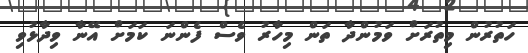
ހަތުރުން މިތުރަށް ވަމުންދާ ތަން މިހާރު ވެސް ފެންނަ ކަމަށް އޭނާ ވިދާޅުވި